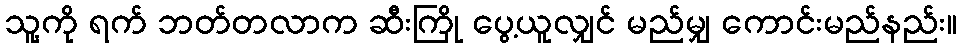
သူ့ကို ရက် ဘတ်တလာက ဆီးကြို ပွေ့ယူလျှင် မည်မျှ ကောင်းမည်နည်း။